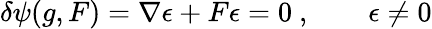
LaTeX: \delta\psi(g,F)=\nabla\epsilon+F\epsilon=0\ ,\qquad\epsilon\neq 0